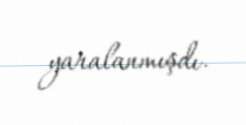
yaralanmışdı.